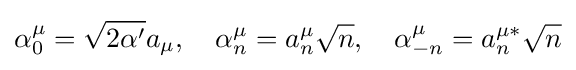
\alpha _{0}^{\mu }={\sqrt {2\alpha '}}a_{\mu },\quad \alpha _{n}^{\mu }=a_{n}^{\mu }{\sqrt {n}},\quad \alpha _{-n}^{\mu }=a_{n}^{\mu *}{\sqrt {n}}